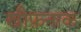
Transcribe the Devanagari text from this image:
खौफ़नाक